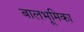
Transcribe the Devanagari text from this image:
बालभूमिका